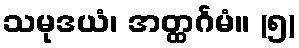
သမုဒယံ၊ အတ္ထင်္ဂမံ။ (၅)